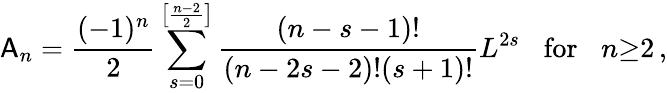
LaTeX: {\sf A}_{n}=\frac{(-1)^{n}}{2}\sum_{s=0}^{\left[\frac{n-2}{2}\right]}\frac{(n-s-1)!}{(n-2s-2)!(s+1)!}L^{2s}\; \; \; \mathrm{for}\; \; \; n{\geq}2\, ,